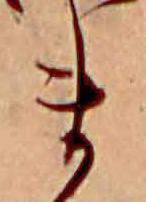
ま